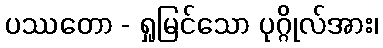
ပဿတော - ရှုမြင်သော ပုဂ္ဂိုလ်အား၊